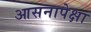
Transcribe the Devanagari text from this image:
आसनापेक्षा